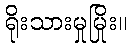
ရိုးသားမှုမြိုး။